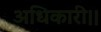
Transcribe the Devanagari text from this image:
अधिकारी।।